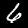
Label: 6